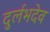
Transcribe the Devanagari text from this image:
दुर्लभदेव